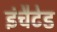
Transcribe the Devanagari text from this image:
इंचैटेड